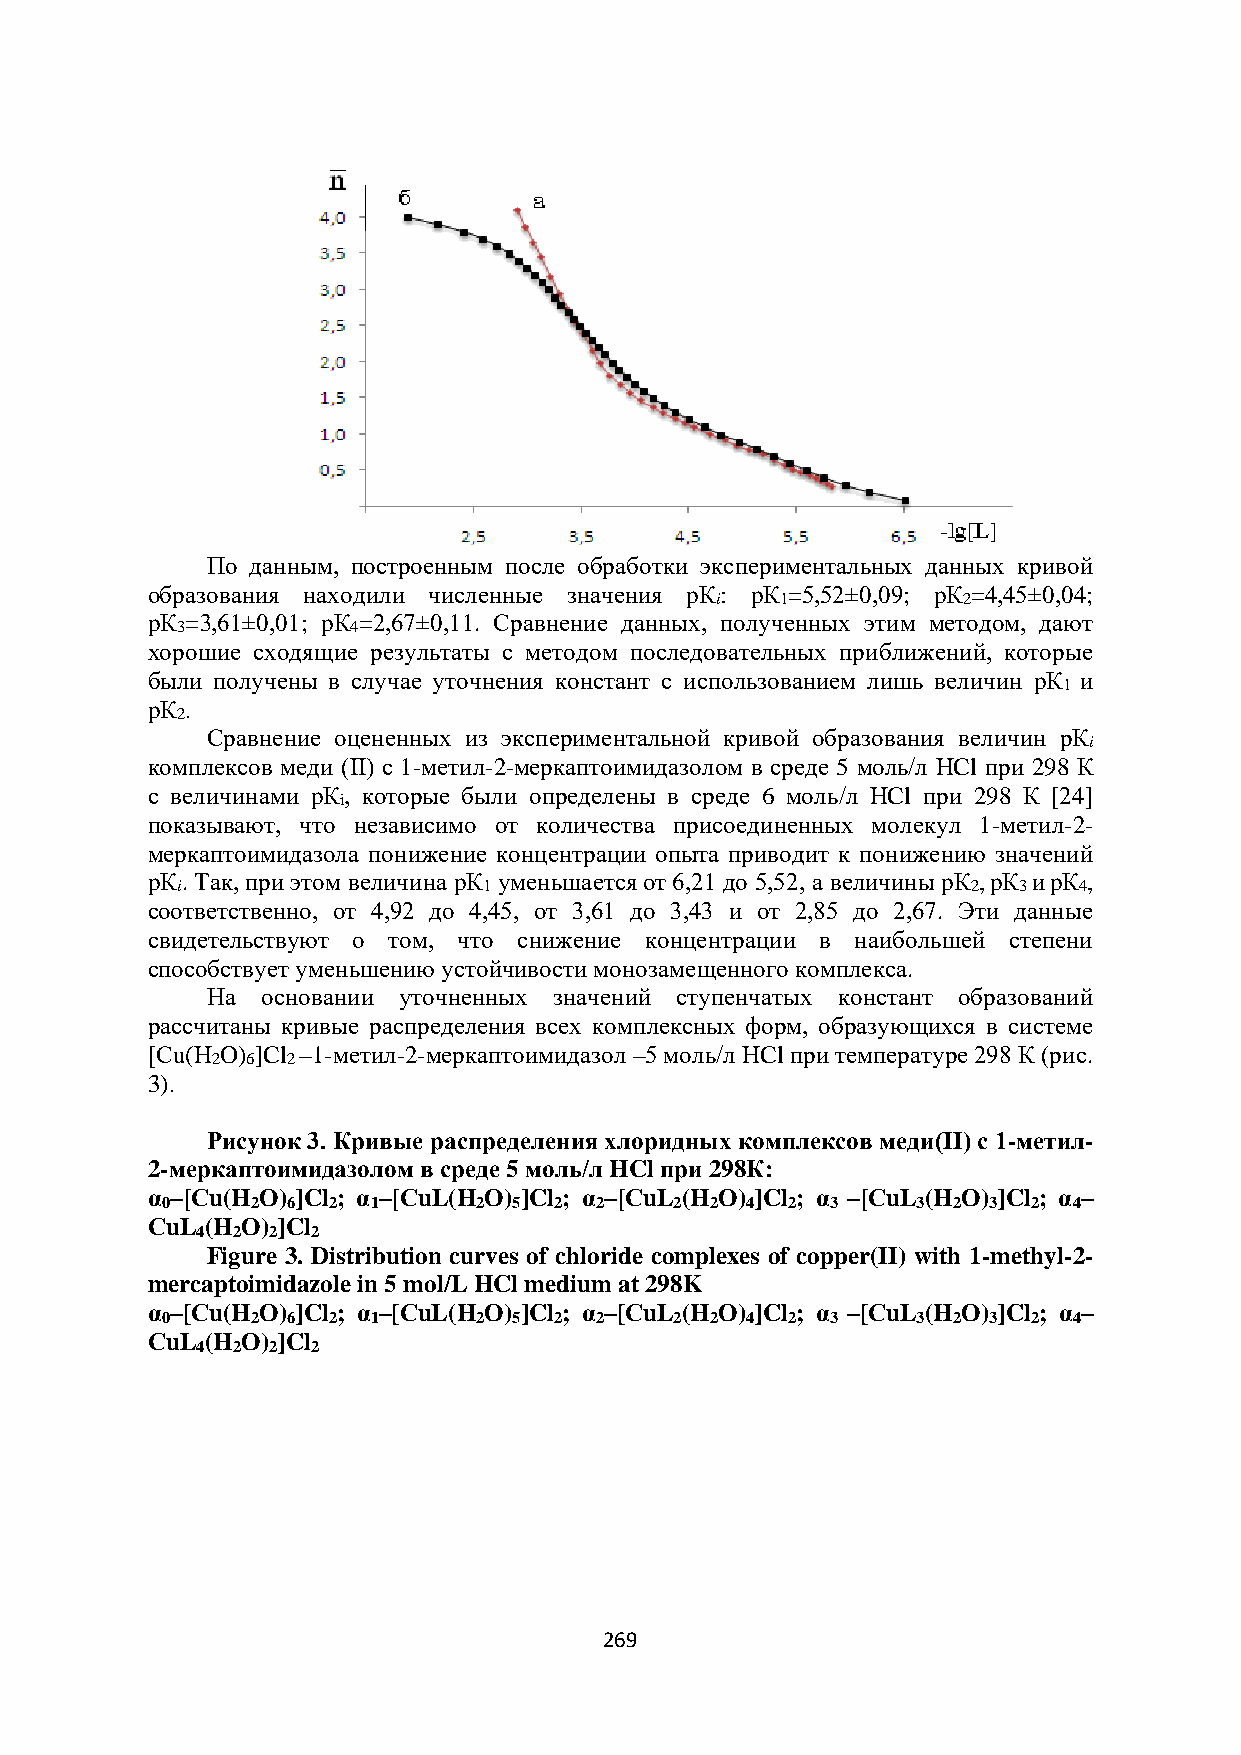
По данным, построенным после обработки экспериментальных данных кривой
 образования находили численные значения pК: pК =5,52±0,09; pК =4,45±0,04;
 i    1           2
 pК =3,61±0,01; pК =2,67±0,11. Сравнение данных, полученных этим методом, дают
 3          4
 хорошие сходящие результаты с методом последовательных приближений, которые
 были получены в случае уточнения констант с использованием лишь величин pК и
 1
 pК .
 2
 Сравнение оцененных из экспериментальной кривой образования величин pК
 i
 комплексов меди (II) с 1-метил-2-меркаптоимидазолом в среде 5 моль/л HCl при 298 К
 с величинами pК, которые были определены в среде 6 моль/л HCl при 298 К [24]
 i
 показывают, что независимо от количества присоединенных молекул 1-метил-2-
 меркаптоимидазола понижение концентрации опыта приводит к понижению значений
 pК. Так, при этом величина pК уменьшается от 6,21 до 5,52, а величины pК ,pК иpК ,
 i                   1                               2  3   4
 соответственно, от 4,92 до 4,45, от 3,61 до 3,43 и от 2,85 до 2,67. Эти данные
 свидетельствуют о том, что снижение концентрации в наибольшей степени
 способствует уменьшению устойчивости монозамещенного комплекса.
 На основании уточненных значений ступенчатых констант образований
 рассчитаны кривые распределения всех комплексных форм, образующихся в системе
 [Сu(H O) ]Cl –1-метил-2-меркаптоимидазол –5 моль/л HCl при температуре 298 К (рис.
 2 6  2
 3).
 Рисунок 3. Кривые распределения хлоридных комплексов меди(II) с 1-метил-
 2-меркаптоимидазолом в среде 5 моль/л HCl при 298К:
 α –[Сu(H O) ]Cl ; α –[СuL(H O) ]Cl ; α –[СuL (H O) ]Cl ; α –[СuL (H O) ]Cl ; α –
 0     2 6  2  1      2 5  2 2     2 2 4  2  3     3 2 3  2  4
 СuL (H O) ]Cl
 4 2  2  2
 Figure 3. Distribution curves of chloride complexes of copper(II) with 1-methyl-2-
 mercaptoimidazole in 5 mol/L HCl medium at 298K
 α –[Сu(H O) ]Cl ; α –[СuL(H O) ]Cl ; α –[СuL (H O) ]Cl ; α –[СuL (H O) ]Cl ; α –
 0     2 6  2  1      2 5  2 2     2 2 4  2  3     3 2 3  2  4
 СuL (H O) ]Cl
 4 2  2  2
 269